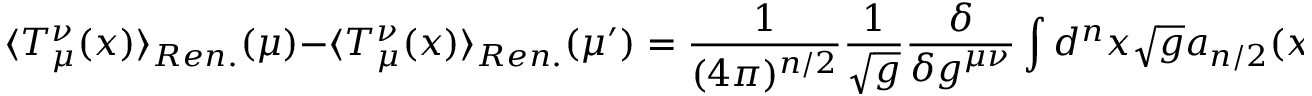
\langle T _ { \mu } ^ { \nu } ( x ) \rangle _ { R e n . } ( \mu ) - \langle T _ { \mu } ^ { \nu } ( x ) \rangle _ { R e n . } ( \mu ^ { \prime } ) = \frac 1 { ( 4 \pi ) ^ { n / 2 } } \frac 1 { \sqrt { g } } \frac \delta { \delta g ^ { \mu \nu } } \int d ^ { n } x \sqrt { g } a _ { n / 2 } ( x ) \ln ( \mu / \mu ^ { \prime } ) \ .